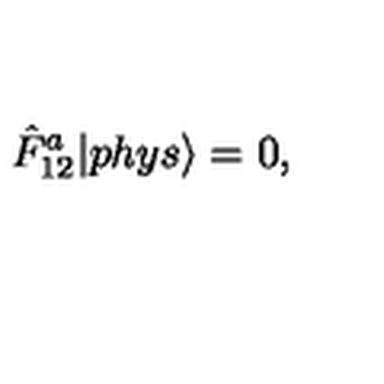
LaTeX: \displaystyle \hat { F } _ { 1 2 } ^ { a } | p h y s { \rangle } = 0 ,